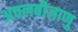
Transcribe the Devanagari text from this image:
अचलबीजाणु